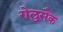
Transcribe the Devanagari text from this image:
गेलुसैक